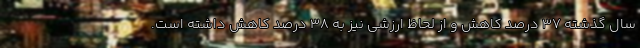
سال گذشته ۳۷ درصد کاهش و از لحاظ ارزشی نیز به ۳۸ درصد کاهش داشته است.